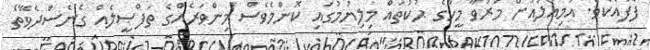
ފާފައެކެވެ. އަމިއްލައަށް މަރުވާ މީހާގެ ޙުކުތައް މިލިޔުމުގައި ކޮންމެވެސް މިންވަރެއްގެ ތަފްޞީލެއް ގެނެސްދެވޭތޯ